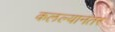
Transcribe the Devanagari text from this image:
कलल्यानंतर